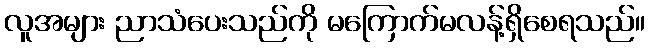
လူအများ ညာသံပေးသည်ကို မကြောက်မလန့်ရှိစေရသည်။